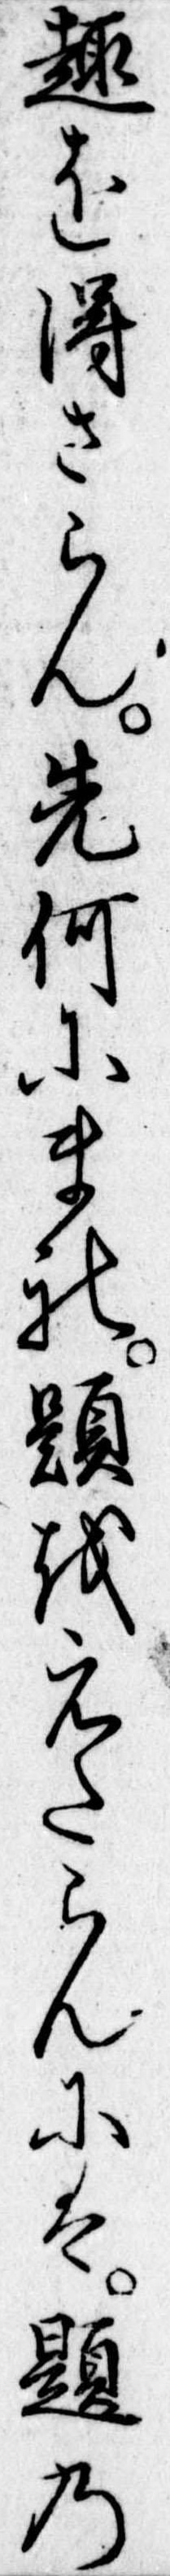
趣を得さらん先何にまれ題をえたらんには題の